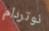
نوتردام